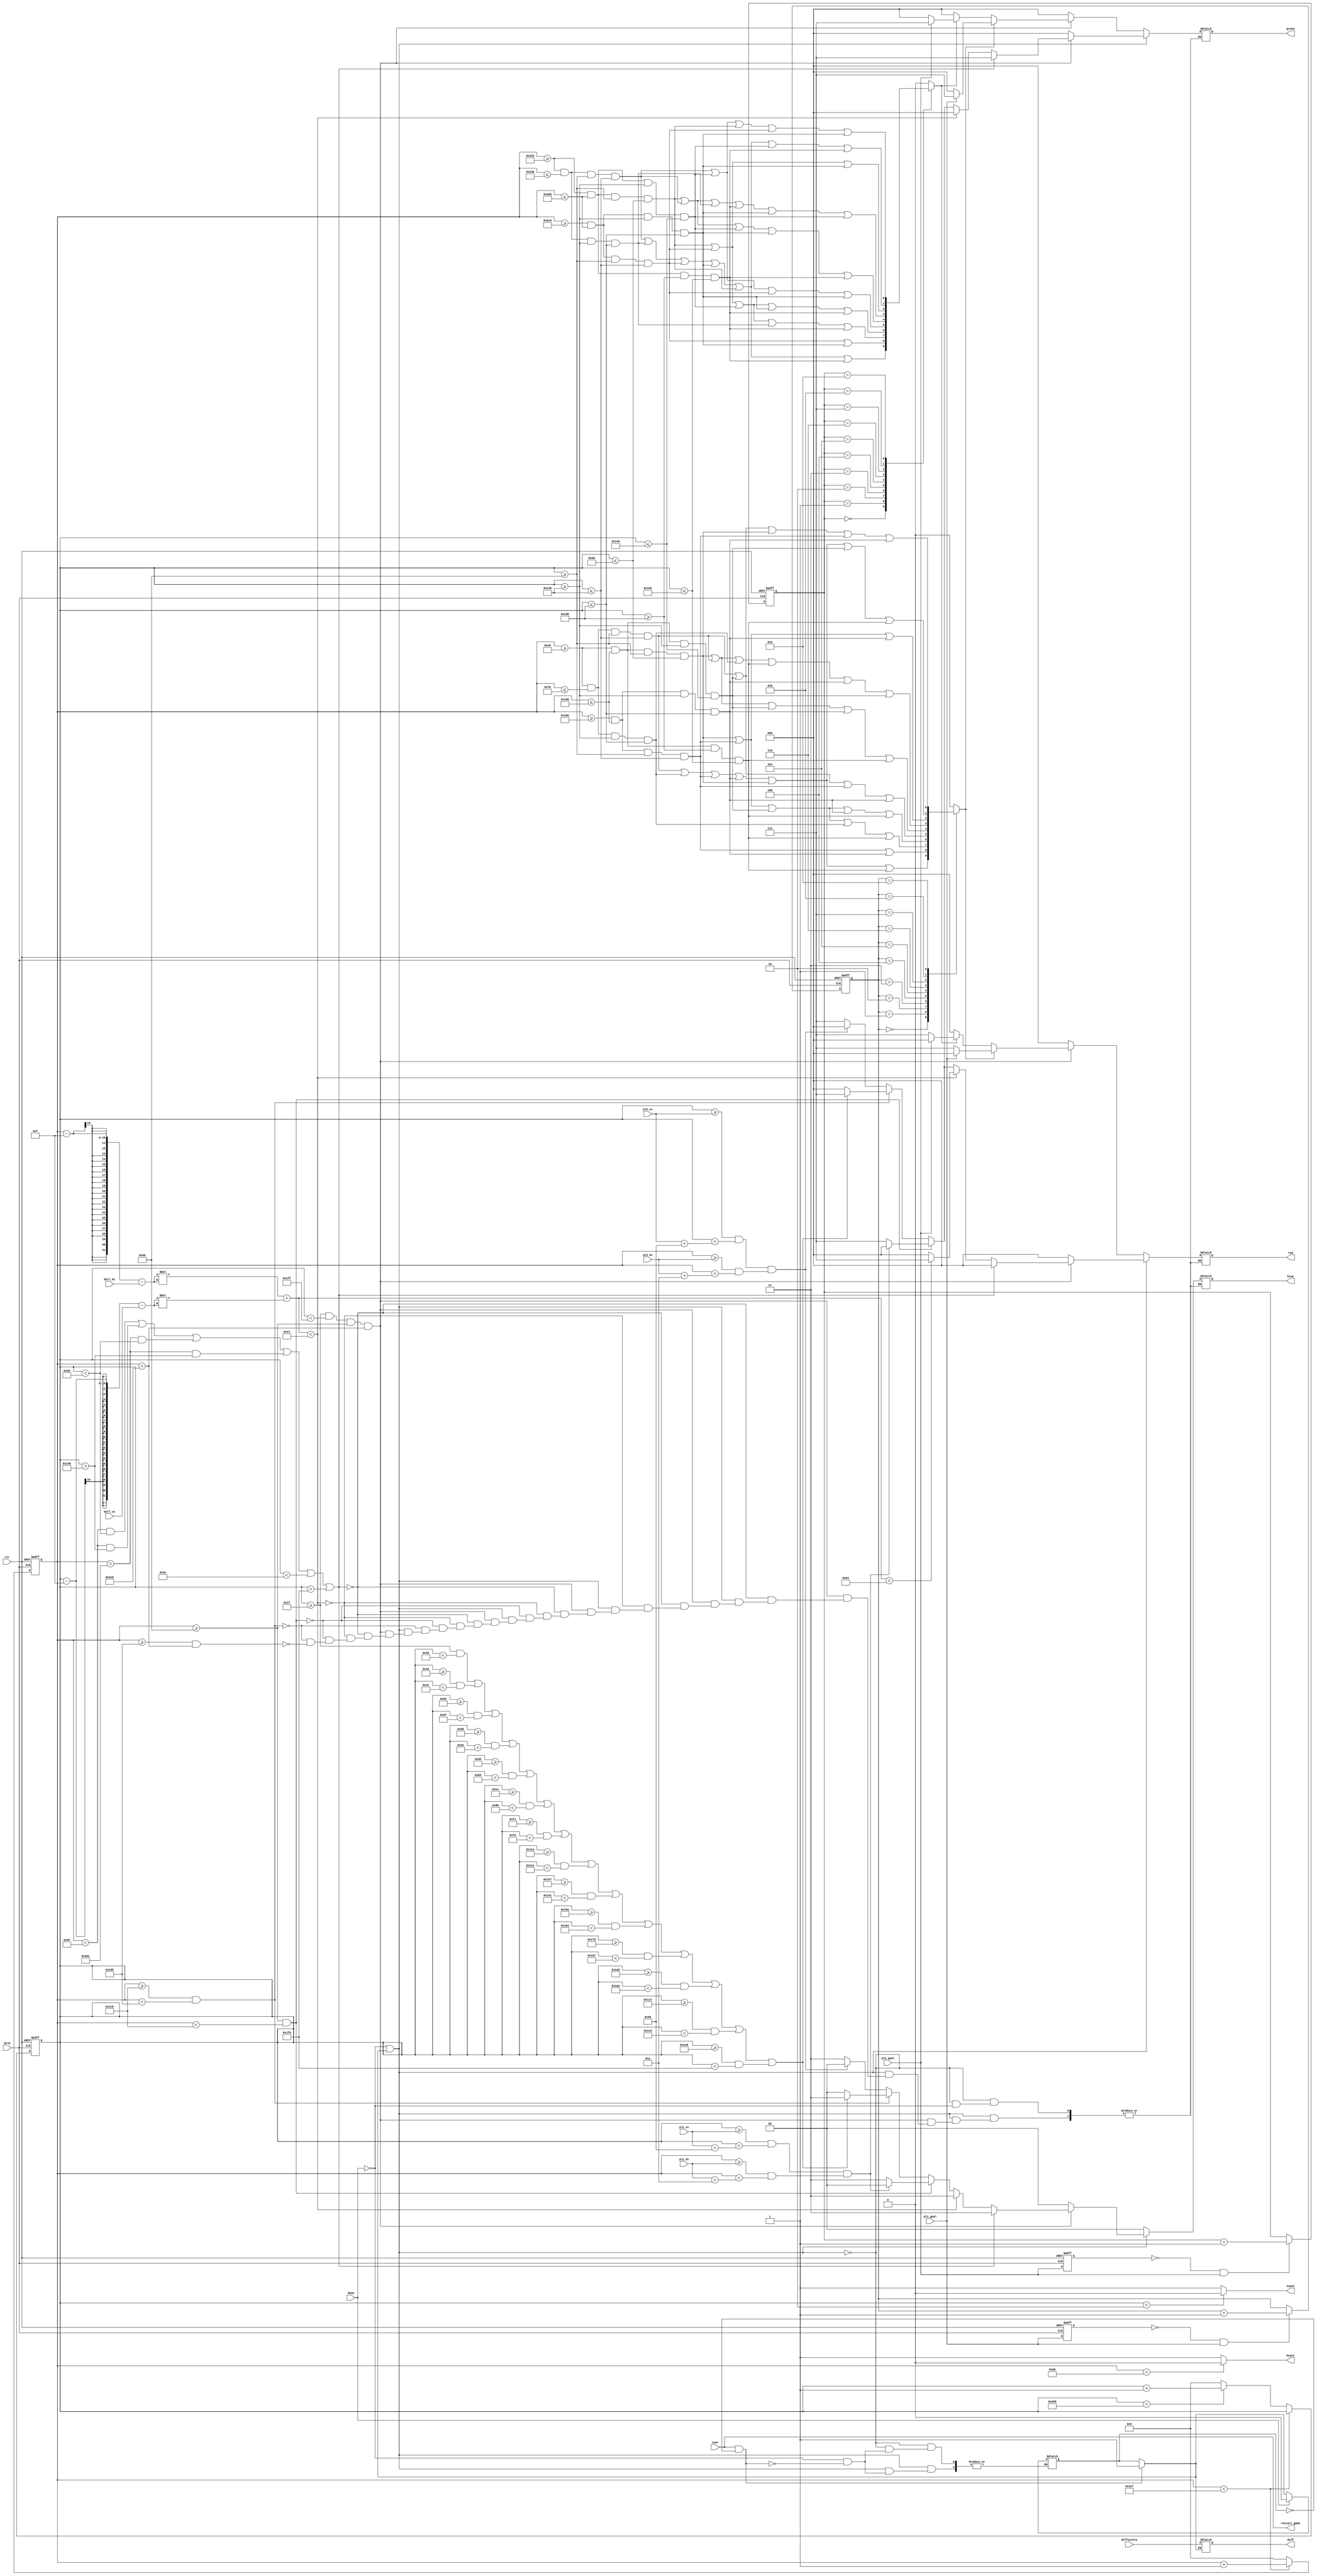
`timescale 1ns / 1ps
//////////////////////////////////////////////////////////////////////////////////
// Company:
// Engineer:
//
// Design Name:
// Module Name:    vga640x480
// Project Name:
// Target Devices:
// Tool versions:
// Description:
//
// Dependencies:
//
// Revision:
// Revision 0.01 - File Created
// Additional Comments:
/*
stuff I changed:
- goal sizes
- borders at top and bottom
- cube is now a ball
- more lines in the middle

*/
//
//////////////////////////////////////////////////////////////////////////////////
module vga640x480(
	input wire dclk,			//pixel clock: 25MHz
	input wire clr,			//asynchronous reset
	input [20:0] pl1_hc,
	input [20:0] pl1_vc,
	input [20:0] pl2_hc,
	input [20:0] pl2_vc,
	input [20:0] ball_hc,
	input [20:0] ball_vc,
	input done,
	input pl1_goal,
   input pl2_goal,
	input cont,
	input difficulty,

	output reg diff,
	output wire restart_game,
	output wire hsync,		//horizontal sync out
	output wire vsync,		//vertical sync out
	output reg [2:0] red,	//red vga output
	output reg [2:0] green, //green vga output
	output reg [1:0] blue	//blue vga output
//	output reg new_game
	);



// video structure constants
parameter hpixels = 800;// horizontal pixels per line
parameter vlines = 521; // vertical lines per frame
parameter hpulse = 96; 	// hsync pulse length
parameter vpulse = 2; 	// vsync pulse length
parameter hbp = 144; 	// end of horizontal back porch
parameter hfp = 784; 	// beginning of horizontal front porch
parameter vbp = 31; 		// end of vertical back porch
parameter vfp = 511; 	// beginning of vertical front porch

parameter PL1_NUM_X = 80;
parameter PL1_NUM_Y = 0;
parameter PL2_NUM_X = 400;
parameter PL2_NUM_Y = 0;

parameter SEG_LEN = 160;
parameter SEG_WID = 16;

parameter WINNER_R = 3'b0;
parameter WINNER_G = 3'b111;
parameter WINNER_B = 2'b0;
parameter LOSER_R = 3'b111;
parameter LOSER_G = 3'b0;
parameter LOSER_B = 2'b0;

//reg rst = 0;

reg [3:0] final_pl1;
reg [3:0] final_pl2;

reg pl1_goal_d;
reg pl2_goal_d;

always @(posedge dclk or posedge clr) begin
	if (clr) begin
		final_pl1 <= 0;
		final_pl2 <= 0;
		pl1_goal_d <= 0;
		pl2_goal_d <= 0;
	end
   else begin
		pl1_goal_d <= pl1_goal;
		pl2_goal_d <= pl2_goal;

		if (!pl1_goal_d && pl1_goal) begin
			final_pl1 <= final_pl1 + 1;
		end
		if (!pl2_goal_d && pl2_goal) begin
			final_pl2 <= final_pl2 + 1;
		end
	end
end


reg in_game_mode = 1;
//back to game window
//reg new_game=0;
assign restart_game = cont;

// active horizontal video is therefore: 784 - 144 = 640
// active vertical video is therefore: 511 - 31 = 480

// registers for storing the horizontal & vertical counters
reg [9:0] hc;
reg [9:0] vc;

// Horizontal & vertical counters --
// this is how we keep track of where we are on the screen.
// ------------------------
// Sequential "always block", which is a block that is
// only triggered on signal transitions or "edges".
// posedge = rising edge  &  negedge = falling edge
// Assignment statements can only be used on type "reg" and need to be of the "non-blocking" type: <=
always @(posedge dclk or posedge clr)
begin
	// reset condition
	if (clr == 1)
	begin
		hc <= 0;
		vc <= 0;
	end
	else
	begin
		// keep counting until the end of the line
		if (hc < hpixels - 1)
			hc <= hc + 1;
		else
		// When we hit the end of the line, reset the horizontal
		// counter and increment the vertical counter.
		// If vertical counter is at the end of the frame, then
		// reset that one too.
		begin
			hc <= 0;
			if (vc < vlines - 1)
				vc <= vc + 1;
			else
				vc <= 0;
		end

	end
end

// generate sync pulses (active low)
// ----------------
// "assign" statements are a quick way to
// give values to variables of type: wire
assign hsync = (hc < hpulse) ? 0:1;
assign vsync = (vc < vpulse) ? 0:1;

wire SEG1_1 = hc >= PL1_NUM_X + hbp
		   && hc <= PL1_NUM_X + SEG_WID + hbp
		   && vc >= PL1_NUM_Y + vbp + 113
		   && vc <= PL1_NUM_Y + SEG_LEN + vbp + 113;
wire SEG2_1 = hc >= PL1_NUM_X + hbp
		   && hc <= PL1_NUM_X + SEG_WID + hbp
		   && vc >= PL1_NUM_Y + SEG_LEN + vbp + 113
		   && vc <= PL1_NUM_Y + SEG_LEN*2 + vbp+113;
wire SEG3_1 = hc >= PL1_NUM_X + SEG_LEN + hbp
		   && hc <= PL1_NUM_X + SEG_LEN + SEG_WID + hbp
		   && vc >= PL1_NUM_Y + vbp + 113
		   && vc <= PL1_NUM_Y + SEG_LEN + vbp+113;
wire SEG4_1 = hc >= PL1_NUM_X + SEG_LEN + hbp
		   && hc <= PL1_NUM_X + SEG_LEN + SEG_WID + hbp
		   && vc >= PL1_NUM_Y + SEG_LEN + vbp + 113
		   && vc <= PL1_NUM_Y + SEG_LEN*2 + vbp+113;
wire SEG5_1 = hc >= PL1_NUM_X + hbp
		   && hc <= PL1_NUM_X + SEG_LEN +SEG_WID + hbp
		   && vc >= PL1_NUM_Y + vbp + 113
		   && vc <= PL1_NUM_Y + SEG_WID + vbp + 113;
wire SEG6_1 = hc >= PL1_NUM_X + hbp
		   && hc <= PL1_NUM_X + SEG_LEN +SEG_WID + hbp
		   && vc >= PL1_NUM_Y + SEG_LEN + vbp + 113
		   && vc <= PL1_NUM_Y + SEG_LEN + SEG_WID + vbp + 113;
wire SEG7_1 = hc >= PL1_NUM_X + hbp
		   && hc <= PL1_NUM_X + SEG_LEN + SEG_WID + hbp
		   && vc >= PL1_NUM_Y + SEG_LEN*2 + vbp + 113
		   && vc <= PL1_NUM_Y + SEG_LEN*2 + SEG_WID + vbp + 113;

wire SEG1_2 = hc >= PL2_NUM_X + hbp
		   && hc <= PL2_NUM_X + SEG_WID + hbp
		   && vc >= PL2_NUM_Y + vbp + 113
		   && vc <= PL2_NUM_Y + SEG_LEN + vbp + 113;
wire SEG2_2 = hc >= PL2_NUM_X + hbp
		   && hc <= PL2_NUM_X + SEG_WID + hbp
		   && vc >= PL2_NUM_Y + SEG_LEN + vbp + 113
		   && vc <= PL2_NUM_Y + SEG_LEN*2 + vbp+113;
wire SEG3_2 = hc >= PL2_NUM_X + SEG_LEN + hbp
		   && hc <= PL2_NUM_X + SEG_LEN + SEG_WID + hbp
		   && vc >= PL2_NUM_Y + vbp + 113
		   && vc <= PL2_NUM_Y + SEG_LEN + vbp+113;
wire SEG4_2 = hc >= PL2_NUM_X + SEG_LEN + hbp
		   && hc <= PL2_NUM_X + SEG_LEN + SEG_WID + hbp
		   && vc >= PL2_NUM_Y + SEG_LEN + vbp + 113
		   && vc <= PL2_NUM_Y + SEG_LEN*2 + vbp+113;
wire SEG5_2 = hc >= PL2_NUM_X + hbp
		   && hc <= PL2_NUM_X + SEG_LEN +SEG_WID + hbp
		   && vc >= PL2_NUM_Y + vbp + 113
		   && vc <= PL2_NUM_Y + SEG_WID + vbp + 113;
wire SEG6_2 = hc >= PL2_NUM_X + hbp
		   && hc <= PL2_NUM_X + SEG_LEN +SEG_WID + hbp
		   && vc >= PL2_NUM_Y + SEG_LEN + vbp + 113
		   && vc <= PL2_NUM_Y + SEG_LEN + SEG_WID + vbp + 113;
wire SEG7_2 = hc >= PL2_NUM_X + hbp
		   && hc <= PL2_NUM_X + SEG_LEN +SEG_WID + hbp
		   && vc >= PL2_NUM_Y + SEG_LEN*2 + vbp + 113
		   && vc <= PL2_NUM_Y + SEG_LEN*2 + SEG_WID + vbp + 113;

// wire SEG1_2 = hc >=PL2_NUM_X+hbp && hc<=10+hbp && vc>= PL2_NUM_Y+vbp && vc <=55+vbp;
// wire SEG2_2 = hc >=PL2_NUM_X+hbp && hc <=10+hbp && vc>= 55+vbp && vc <= 105+vbp;
// wire SEG3_2 = hc >=55+hbp && hc <= 60+hbp && vc >= PL2_NUM_Y+vbp && vc <=55+vbp;
// wire SEG4_2 = hc >=55+hbp && hc <= 60+hbp && vc >= 55+vbp && vc <= 105+vbp;
// wire SEG5_2 = hc >=PL2_NUM_X+hbp && hc <=60+hbp && vc >=PL2_NUM_Y+vbp && vc <=10+vbp;
// wire SEG6_2 = hc >=PL2_NUM_X+hbp && hc <=60+hbp && vc >=55+vbp && vc <=60+vbp;
// wire SEG7_2 = hc >=PL2_NUM_X+hbp && hc <=60+hbp && vc >=105+vbp && vc <= 110+vbp;

reg PL1_NUM_OUTPUT;
reg PL2_NUM_OUTPUT;

always @ (*) begin
	case(final_pl1)
		4'b1111: PL1_NUM_OUTPUT = 0 ; //Nothing
		4'b0000: PL1_NUM_OUTPUT = SEG1_1 || SEG2_1 || SEG3_1 || SEG4_1 || SEG5_1 || SEG7_1; //0
		4'b0001: PL1_NUM_OUTPUT = SEG3_1 || SEG4_1; //1
		4'b0010: PL1_NUM_OUTPUT = SEG5_1 || SEG3_1 || SEG6_1 || SEG2_1 || SEG7_1; //2
		4'b0011: PL1_NUM_OUTPUT = SEG5_1 || SEG3_1 || SEG6_1 || SEG4_1 || SEG7_1; //3
		4'b0100: PL1_NUM_OUTPUT = SEG1_1 || SEG6_1 || SEG3_1 || SEG4_1; //4
		4'b0101: PL1_NUM_OUTPUT = SEG5_1 || SEG1_1 || SEG6_1 || SEG4_1 || SEG7_1; //5
		4'b0110: PL1_NUM_OUTPUT = SEG5_1 || SEG1_1 || SEG2_1 || SEG7_1 || SEG4_1 || SEG6_1; //6
		4'b0111: PL1_NUM_OUTPUT = SEG5_1 || SEG3_1 || SEG4_1; //7
		4'b1000: PL1_NUM_OUTPUT = SEG1_1 || SEG2_1 || SEG3_1 || SEG4_1 || SEG5_1 || SEG6_1 || SEG7_1; //8
		4'b1001: PL1_NUM_OUTPUT = SEG6_1 || SEG1_1 || SEG5_1 || SEG3_1 || SEG4_1; //9
		default: PL1_NUM_OUTPUT = 0; // default is not needed as we covered all cases
	endcase
end

always @ (*) begin
	case(final_pl2)
		4'b1111: PL2_NUM_OUTPUT = 0 ; //Nothing
		4'b0000: PL2_NUM_OUTPUT = SEG1_2 || SEG2_2 || SEG3_2 || SEG4_2 || SEG5_2 || SEG7_2; //0
		4'b0001: PL2_NUM_OUTPUT = SEG3_2 || SEG4_2; //1
		4'b0010: PL2_NUM_OUTPUT = SEG5_2 || SEG3_2 || SEG6_2 || SEG2_2 || SEG7_2; //2
		4'b0011: PL2_NUM_OUTPUT = SEG5_2 || SEG3_2 || SEG6_2 || SEG4_2 || SEG7_2; //3
		4'b0100: PL2_NUM_OUTPUT = SEG1_2 || SEG6_2 || SEG3_2 || SEG4_2; //4
		4'b0101: PL2_NUM_OUTPUT = SEG5_2 || SEG1_2 || SEG6_2 || SEG4_2 || SEG7_2; //5
		4'b0110: PL2_NUM_OUTPUT = SEG5_2 || SEG1_2 || SEG2_2 || SEG7_2 || SEG4_2 || SEG6_2; //6
		4'b0111: PL2_NUM_OUTPUT = SEG5_2 || SEG3_2 || SEG4_2; //7
		4'b1000: PL2_NUM_OUTPUT = SEG1_2 || SEG2_2 || SEG3_2 || SEG4_2 || SEG5_2 || SEG6_2 || SEG7_2; //8
		4'b1001: PL2_NUM_OUTPUT = SEG6_2 || SEG1_2 || SEG5_2 || SEG3_2 || SEG4_2; //9
		default: PL2_NUM_OUTPUT = 0; // default is not needed as we covered all cases
	endcase
end

// display 100% saturation colorbars
// ------------------------
// Combinational "always block", which is a block that is
// triggered when anything in the "sensitivity list" changes.
// The asterisk implies that everything that is capable of triggering the block
// is automatically included in the sensitivty list.  In this case, it would be
// equivalent to the following: always @(hc, vc)
// Assignment statements can only be used on type "reg" and should be of the "blocking" type: =
always @(*)
begin
// switch to game mode:
if(cont == 1 && in_game_mode == 0) begin
	in_game_mode = 1;
end

if(in_game_mode == 1)
	 diff = difficulty;
if(in_game_mode == 0)
		diff = diff;
/*else // if in score mode
	assign diff = difficulty;
*/
if(done == 0 || in_game_mode == 1) begin
	if(done == 1)
		in_game_mode = 0;
	// first check if we're within vertical active video range
	if (vc >= vbp && vc < vfp && hc >= hbp && hc < hfp)
	begin
		// goal of each player is 240 +- 60 = 180 to 300
		//if( (hc < hbp+20) && (vc < 220 || vc > 260))
		if(hc < hbp + 15 && vc < vbp+180 ||
		    hc < hbp + 15 && vc > vbp+300 ||
			hc > hfp - 15 && vc < vbp+180 ||
			hc > hfp - 15 && vc > vbp+300 ||
			vc < vbp+15 || vc > vbp+465)
		begin
			red = 3'b000;
			green = 3'b111;
			blue = 2'b11;
		end

		// draw the ball:
	//	else if((vc == ball_vc && vc < (ball_vc + 30)) && (hc >=  ball_hc && hc < ( ball_hc + 30))) begin
/*		else if(vc == ball_vc || hc ==  ball_hc || vc == ball_vc+30 || hc == ball_hc+30) begin

				red = 3'b111;
				green = 3'b000;
				blue = 2'b11;
			end */
	// origin of ball at: hbp+ball_hc+15 and vbp+ball_vc+15
	// to draw a ball we need: x*x + y*y < 15*15
	// double check vertical side:
		else if( (hc-15-ball_hc)*(hc-15-ball_hc) + (vc-15-ball_vc)*(vc-15-ball_vc) < 15*15 )
			begin
				if((hc-15-ball_hc)*(hc-15-ball_hc) + (vc-15-ball_vc)*(vc-15-ball_vc) < 10*10 ) 
				begin
				/*	if((hc-15-ball_hc)*(hc-15-ball_hc) + (vc-15-ball_vc)*(vc-15-ball_vc) < 5*5 ) 
					begin // draw inner ball
						red = 3'b000;
						green = 3'b000;
						blue = 2'b11;
					end 
					else begin */ // draw middle ring
						red = 3'b111;
						green = 3'b000;
						blue = 2'b11;
					end
			else begin // draw outter ball
				red = 3'b000;
				green = 3'b000;
				blue = 2'b11;
			end
		end 
	//end

		else
		begin
		// This is the allowed zone for player 1:
		if (hc >= hbp && hc < (hbp+315))
		begin
			if((vc >= pl1_vc && vc < (pl1_vc + 80)) && (hc >= pl1_hc && hc < (pl1_hc + 10)))
				begin
					red = 3'b000;
					green = 3'b000;
					blue = 2'b00;
				end
			else
				begin
					red = 3'b111;
					green = 3'b111;
					blue = 2'b11;
				end
		end

		else if (hc >= (hbp+315) && hc < (hbp+325))
		begin // make the spaces between the rectangles in the middle
			if ((vc >= (vbp) && vc < (vbp+10)) || 
				(vc >= (vbp+35) && vc < (vbp+45)) ||
			  	(vc >= (vbp+70) && vc < (vbp+80)) ||
			  	(vc >= (vbp+105) && vc < (vbp+115)) ||
				(vc >= (vbp+140) && vc < (vbp+150)) ||
				(vc >= (vbp+175) && vc < (vbp+185)) ||
				(vc >= (vbp+210) && vc < (vbp+220)) ||
				(vc >= (vbp+245) && vc < (vbp+255)) ||
				(vc >= (vbp+280) && vc < (vbp+290)) || 
				(vc >= (vbp+315) && vc < (vbp+325)) ||
				(vc >= (vbp+350) && vc < (vbp+360)) ||
				(vc >= (vbp+385) && vc < (vbp+395)) ||
				(vc >= (vbp+420) && vc < (vbp+430)) ||
				(vc >= (vbp+455) && vc < (vbp+465)) ) 
				begin
					red = 3'b111;
					green = 3'b111;
					blue = 2'b11;
				end
			else
				begin
					red = 3'b000;
					green = 3'b000;
					blue = 2'b00;
				end
		end

		// this is the allowed zone for player 2:
		else if (hc >= (hbp+325) && hc < (hbp+640))
		begin
			if((vc >= pl2_vc && vc < (pl2_vc + 80)) && ((hc >= pl2_hc && hc < (pl2_hc + 10))))
				begin
					red = 3'b000;
					green = 3'b000;
					blue = 2'b00;
				end
			else
				begin
					red = 3'b111;
					green = 3'b111;
					blue = 2'b11;
				end
		end
	end



	end
	// we're outside active vertical range so display black
	else
	begin
		red = 0;
		green = 0;
		blue = 0;
	end
 // end for if rst == 1

end // end of if statement



/* ***********************
**************************
SCORE WINDOW ************/


else if (done == 1) begin
	in_game_mode = 0;
	// first check if we're within vertical active video range
	if (vc >= vbp && vc < vfp && hc >= hbp && hc < hfp) begin
		if (PL1_NUM_OUTPUT) begin
			// display player1 score number
			red   = (pl1_goal) ? WINNER_R : LOSER_R;
			green = (pl1_goal) ? WINNER_G : LOSER_G;
			blue  = (pl1_goal) ? WINNER_B : LOSER_B;
		end else if (PL2_NUM_OUTPUT) begin
			// display player2 score number
			red   = (pl2_goal) ? WINNER_R : LOSER_R;
			green = (pl2_goal) ? WINNER_G : LOSER_G;
			blue  = (pl2_goal) ? WINNER_B : LOSER_B;
		end else begin
			red = 0;
			green = 0;
			blue = 0;
		end
	end else begin
		// outside the video range
		red = 0;
		green = 0;
		blue = 0;
	end
        /*
        //display 0
		if(final_pl1==0) begin
			if(SEG1_1 || SEG2_1 || SEG3_1 || SEG4_1 || SEG5_1 || SEG7_1 || SEG1_2) begin
				red = 3'b111;
				green = 3'b111;
				blue = 2'b00;
			end else begin
				red = 3'b000;
				green = 3'b000;
				blue = 2'b00;
			end
		end

      //display 1
       else if (final_pl1==1) begin
         	if ( SEG3_1 || SEG4_1)
         	begin
         		red = 3'b000;
				green = 3'b111;
				blue = 2'b11;
         	end
			end

       //display 2
       	else if(final_pl1==2) begin
       	  	if ( SEG5_1 || SEG3_1 || SEG6_1 || SEG2_1 || SEG7_1)
         	begin
         	red = 3'b000;
				green = 3'b111;
				blue = 2'b11;
         	end
			end

       // display 3
          else if (final_pl1==3) begin
       	   if( SEG5_1 || SEG3_1 || SEG6_1 || SEG4_1 || SEG7_1)
       	   begin
       	       red = 3'b000;
				green = 3'b111;
				blue = 2'b11;
       	   end
			end

       // display 4
          else if (final_pl1==4) begin
       	   if( SEG1_1 || SEG6_1 || SEG3_1 || SEG4_1)
       	   begin
       	       red = 3'b000;
				green = 3'b111;
				blue = 2'b11;
       	   end
			end


       // display 5
          else if (final_pl1==5) begin
       	   if( SEG5_1 || SEG1_1 || SEG6_1 || SEG4_1 || SEG7_1)
       	   begin
       	       red = 3'b000;
				green = 3'b111;
				blue = 2'b11;
       	   end
				end


       	// display 6
          else if (final_pl1==6) begin
       	   if( SEG5_1 || SEG1_1 || SEG2_1 || SEG7_1 || SEG4_1 || SEG6_1)
       	   begin
       	       red = 3'b000;
				green = 3'b111;
				blue = 2'b11;
       	   end
       	   end

       // display 7
          else if (final_pl1==7) begin
       	   if( SEG5_1 || SEG3_1 || SEG4_1)
       	   begin
       	       red = 3'b000;
				green = 3'b111;
				blue = 2'b11;
       	   end
			end

       // display 8
          else if (final_pl1==8) begin
       	   if( SEG1_1 || SEG2_1 || SEG3_1 || SEG4_1 || SEG5_1 || SEG6_1 || SEG7_1)
       	   begin
       	       red = 3'b000;
				green = 3'b111;
				blue = 2'b11;
       	   end
			end

       // display 9
         else if (final_pl1==9) begin
       	   if( SEG6_1 || SEG1_1 || SEG5_1 || SEG3_1 || SEG4_1)
       	   begin
         	    red = 3'b000;
				green = 3'b111;
				blue = 2'b11;
       	   end
			end
            */

	// we're outside number range so display black
/*	else
	begin
		red = 0;
		green = 0;
		blue = 0;
	end
end */

end // end for if done==0


end // end for always block

/*
always @(posedge dclk) begin
if(cont) begin
new_game=1;
end
else
new_game=0;
end
*/

endmodule